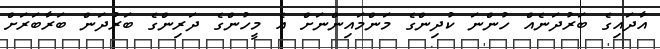
އާދައިގެ ބަރުދަނެއް ހުންނަ ކުދިންގެ މަންމައިންނަށް އެ މީހުންގެ ދަރިންގެ ބަރުދަން ބަރާބަރަށް